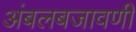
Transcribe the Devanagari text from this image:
अंबलबजावणी